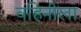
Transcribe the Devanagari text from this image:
वहिनीला